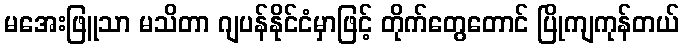
မအေးဖြူသာ မသိတာ ဂျပန်နိုင်ငံမှာဖြင့် တိုက်တွေတောင် ပြိုကျကုန်တယ်